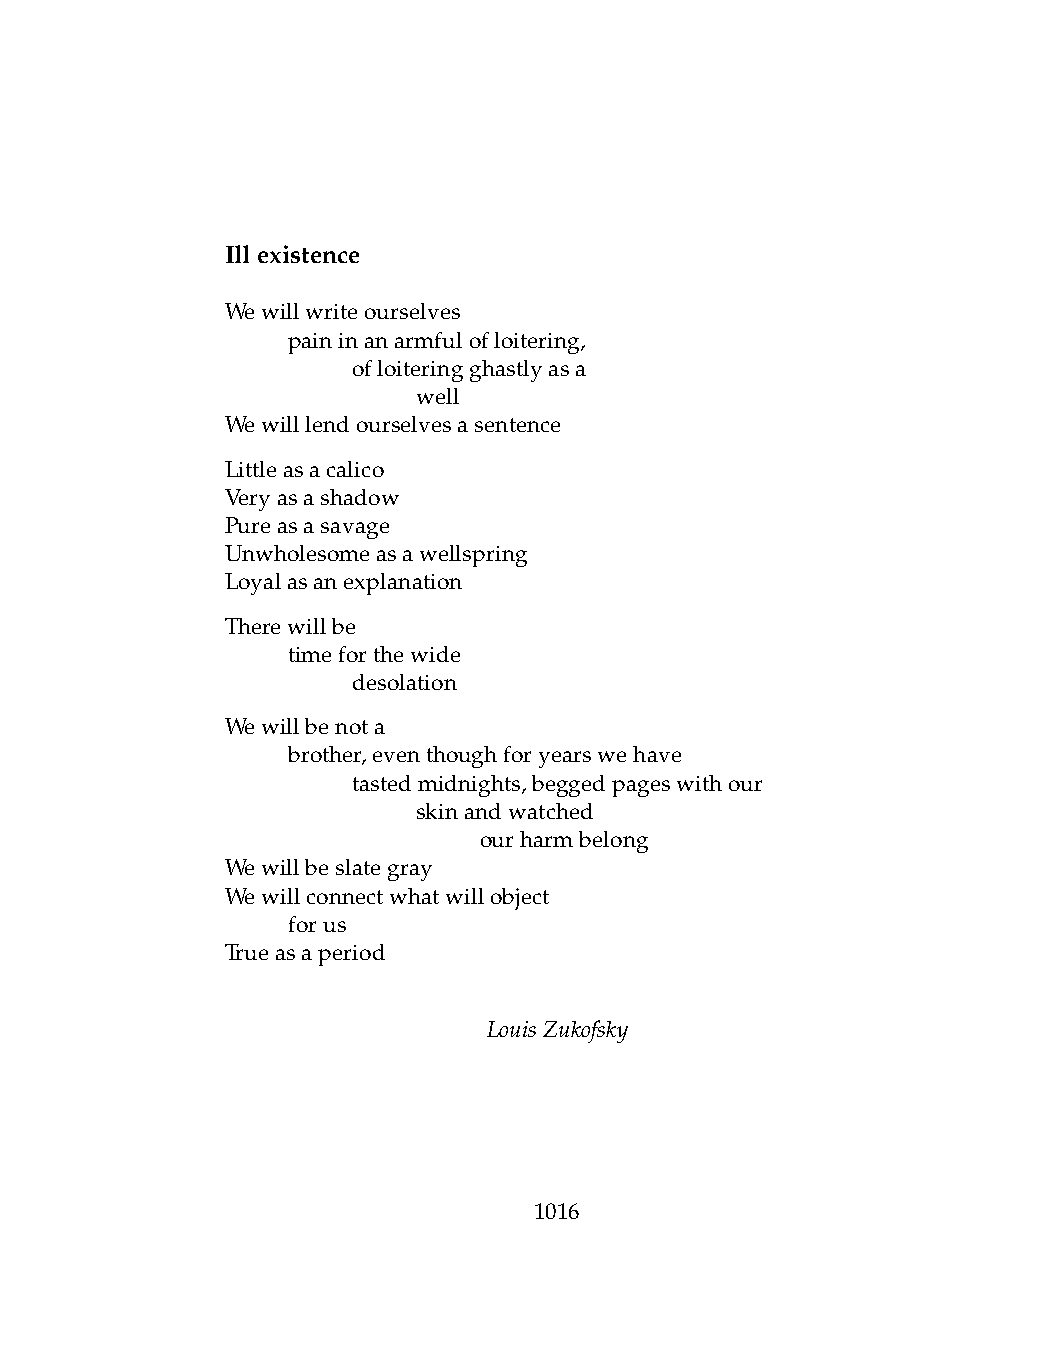
Illexistence
 Wewillwriteourselves
 .   paininanarmfulofloitering,
 .   .   ofloiteringghastlyasa
 .   .   .    well
 Wewilllendourselvesasentence
 Littleasacalico
 Veryasashadow
 Pureasasavage
 Unwholesomeasawellspring
 Loyalasanexplanation
 Therewillbe
 .   timeforthewide
 .   .   desolation
 Wewillbenota
 .   brother,eventhoughforyearswehave
 .   .   tastedmidnights,beggedpageswithour
 .   .   .    skinandwatched
 .   .   .    .   ourharmbelong
 Wewillbeslategray
 Wewillconnectwhatwillobject
 .   forus
 Trueasaperiod
 LouisZukofsky
 1016